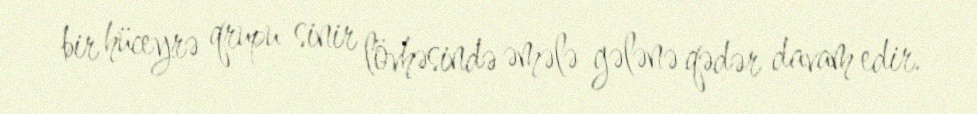
bir hüceyrə qrupu sinir lövhəsində əmələ gələnə qədər davam edir.